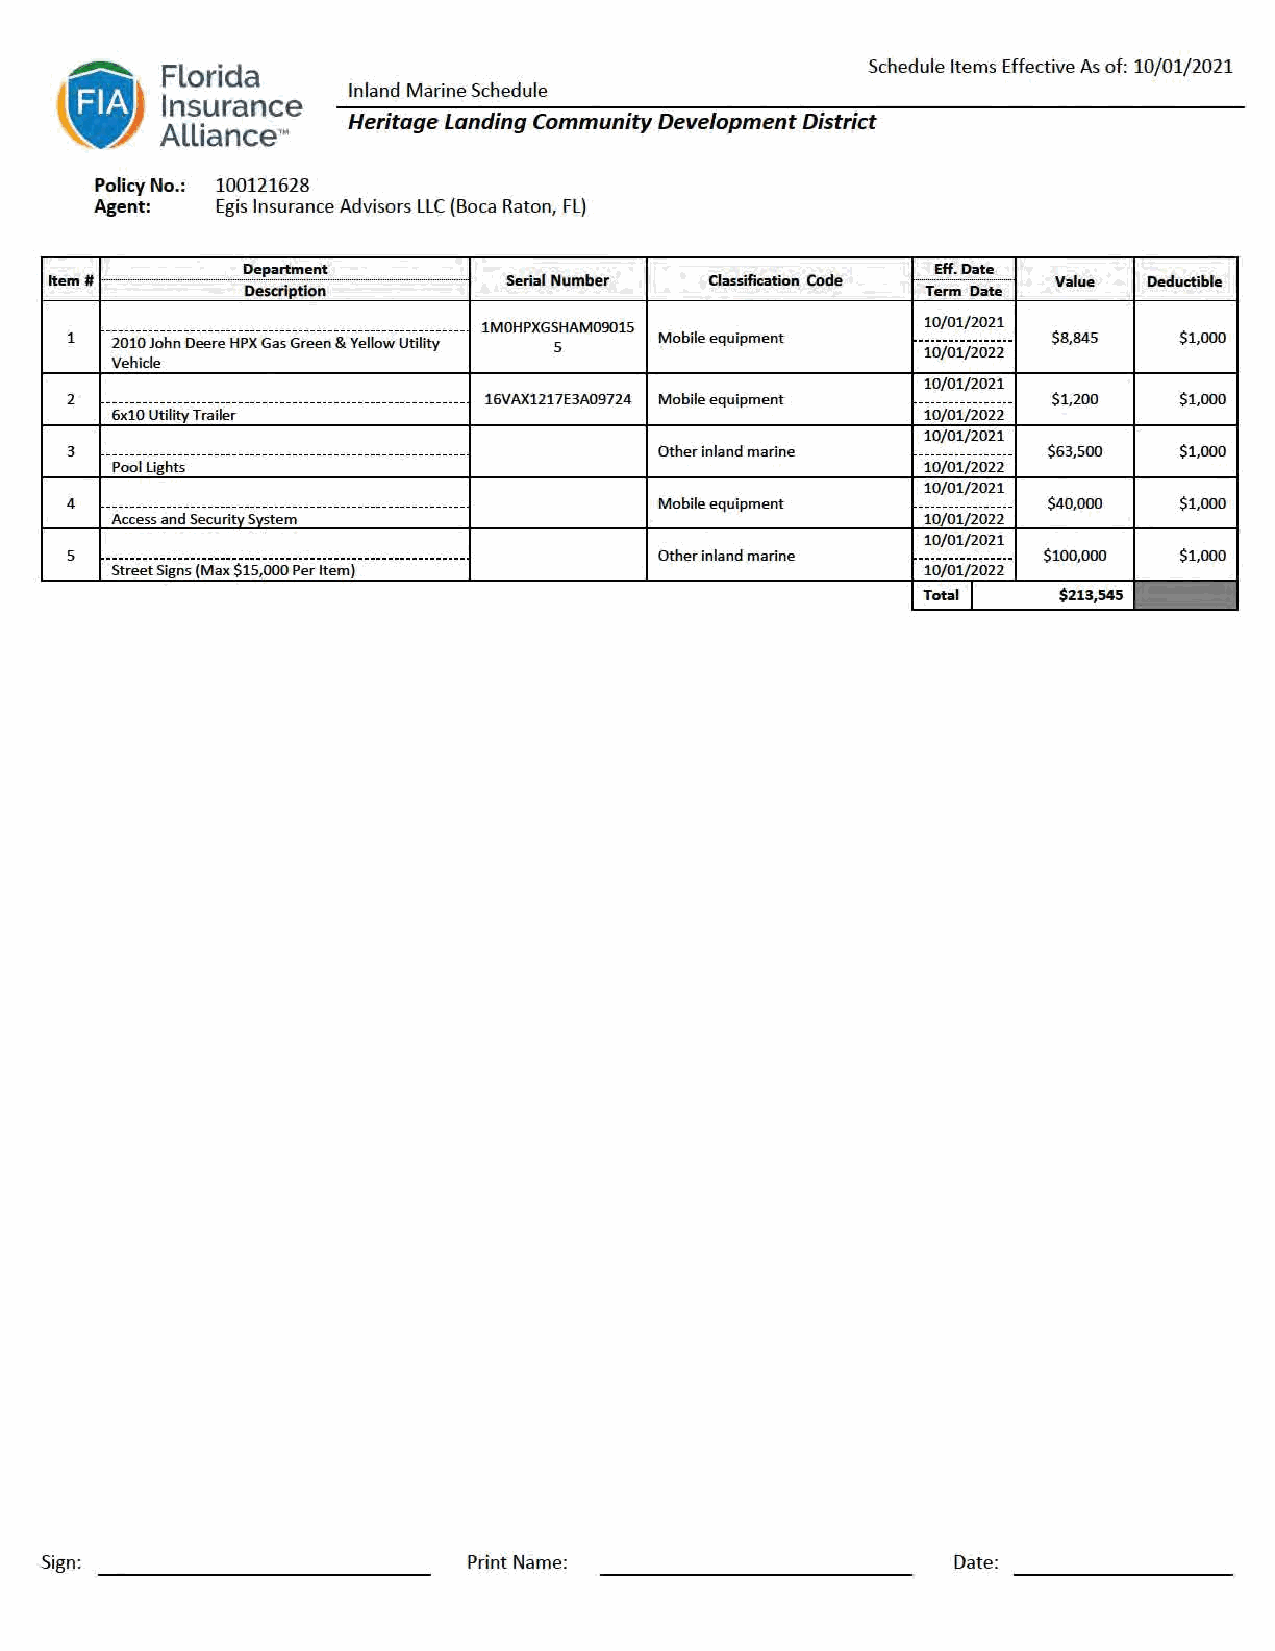
I
 Schedule Items Effect ive As of: 10/ 01/2021
 Florida
 I ~             Inland Marine Schedule
 Insurance
 Heritage landing Community Development District
 ~   Alliance•M
 Policy No.: 100121628
 Agent:  Egis Insurance Advisors LLC (Hoca Raton, FL)
 Department                                    Eff. Date
 Item .#                        Serial Number Classification Code ···················-···············-··· Value Deductible
 Desaiptlon                                   Term Date
 1  -·- 2- 0-- 1- 0- - J- o- h- n-- - D-- e- e- r- e-- H-- P- X-- - G- a-- s- G-- r- e-- e- n- - &-- Y-- e- l- l- o- w-- U-- t- i- li- t- y- ---- 1MOHPXG 5S HAM09015 Mobile equipment .. 11 ..0 0.. /./ .0 0..1 1.. // .. 22 .. 00 .. 22 .. 2.1 ... $8,845 $1,000
 Vehicle
 10/01/2021
 2  ------------------------------------------------------------ 16VAX1217E3A09724 Mobile equipment ---------------- $1,200 $1,000
 6x10 Utility Trailer                                  10/01/2022
 10/ 01/2021
 3  ------------------------------------------------------------ Other inland marine ---------------- $63,500 $1,000
 Pool Lights                                           10/01/2022
 10/01/2021
 4  ------------------------------------------------------------ Mobile equipment ---------------- $40,000 $1,000
 Access and Securitv Svstem                            10/01/2022
 10/01/2021
 .............................
 5                                       Other inland marine      $100,000 $1,000
 Street Signs (Max $15,000 Per Item)                   10/ 01/2022
 l
 Total    $213,545
 Sign:                       Print Name:                     Date: